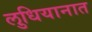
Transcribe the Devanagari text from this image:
लुधियानात